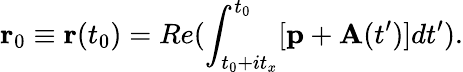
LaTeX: \mathbf{r}_{0}\equiv\mathbf{r}(t_{0})=Re(\int_{t_{0}+it_{x}}^{t_{0}}[\mathbf{p}+\mathbf{A}(t^{\prime})]dt^{\prime}).